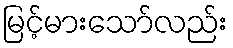
မြင့်မားသော်လည်း